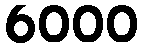
6000